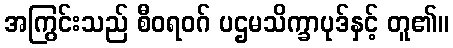
အကြွင်းသည် စီဝရဝဂ် ပဌမသိက္ခာပုဒ်နှင့် တူ၏။